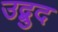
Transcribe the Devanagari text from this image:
उद्बुद